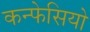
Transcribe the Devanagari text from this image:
कन्फेसियो